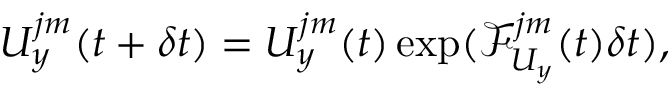
U _ { y } ^ { j m } ( t + \delta t ) = U _ { y } ^ { j m } ( t ) \exp ( \mathcal { F } _ { U _ { y } } ^ { j m } ( t ) \delta t ) ,